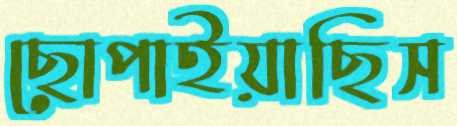
ছোপাইয়াছিস